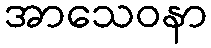
အာသေဝနာ